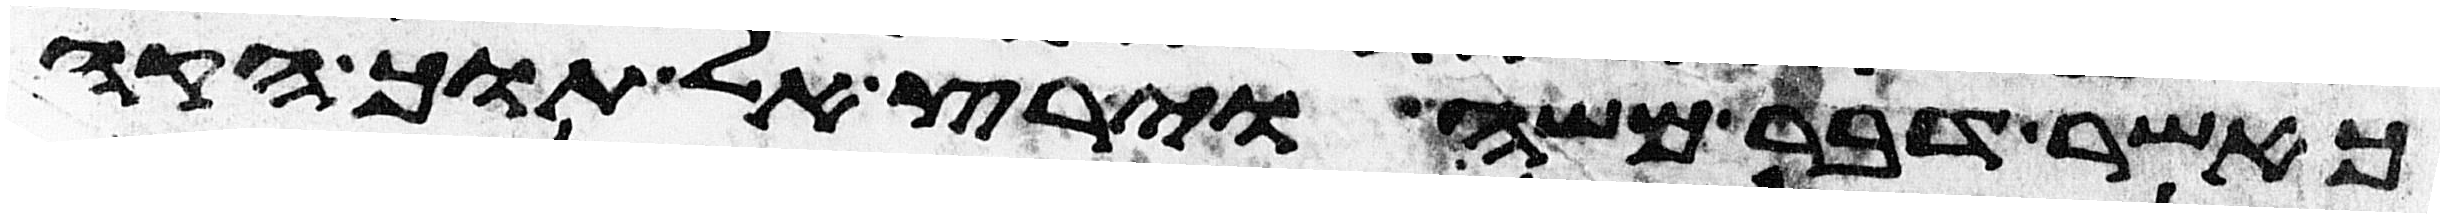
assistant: כאשר דבר משה וירץ אל תוך הקהל